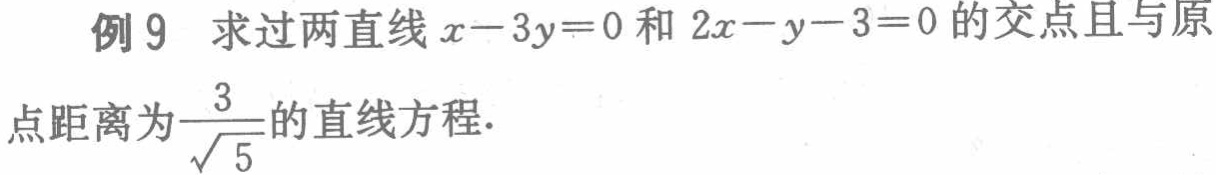
例9 求过两直线\(x - 3y = 0\)和\(2x - y - 3 = 0\)的交点且与原点距离为\(\frac{3}{\sqrt{5}}\)的直线方程.